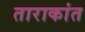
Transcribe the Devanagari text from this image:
ताराकांत